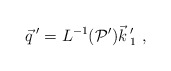
\begin{align*}\vec{q}\,'= L^{-1}({\cal P}')\vec{k}\,'_1 \ ,\end{align*}